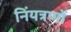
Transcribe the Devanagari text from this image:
निंयत्रणों